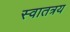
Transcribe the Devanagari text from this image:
स्वातत्रय